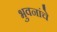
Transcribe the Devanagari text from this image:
भुवनांचे